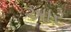
આર